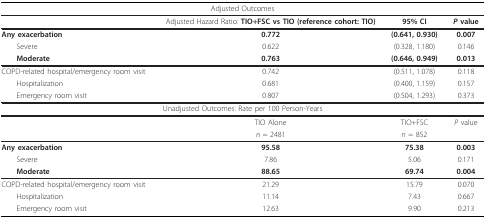
| <COLSPAN=4> Adjusted Outcomes |
 | --- | --- | --- | --- |
 |  | Adjusted Hazard Ratio: TIO+FSC vs TIO (reference cohort: TIO) | 95% CI | P value |
 | Any exacerbation | 0.772 | (0.641, 0.930) | 0.007 |
 | Severe | 0.622 | (0.328, 1.180) | 0.146 |
 | Moderate | 0.763 | (0.646, 0.949) | 0.013 |
 | COPD-related hospital/emergency room visit | 0.742 | (0.511, 1.078) | 0.118 |
 | Hospitalization | 0.681 | (0.400, 1.159) | 0.157 |
 | Emergency room visit | 0.807 | (0.504, 1.293) | 0.373 |
 | <COLSPAN=4> Unadjusted Outcomes: Rate per 100 Person-Years |
 |  | TIO Alone | TIO+FSC | P value |
 |  | n = 2481 | n = 852 |  |
 | Any exacerbation | 95.58 | 75.38 | 0.003 |
 | Severe | 7.86 | 5.06 | 0.171 |
 | Moderate | 88.65 | 69.74 | 0.004 |
 | COPD-related hospital/emergency room visit | 21.29 | 15.79 | 0.070 |
 | Hospitalization | 11.14 | 7.43 | 0.667 |
 | Emergency room visit | 12.63 | 9.90 | 0.213 |